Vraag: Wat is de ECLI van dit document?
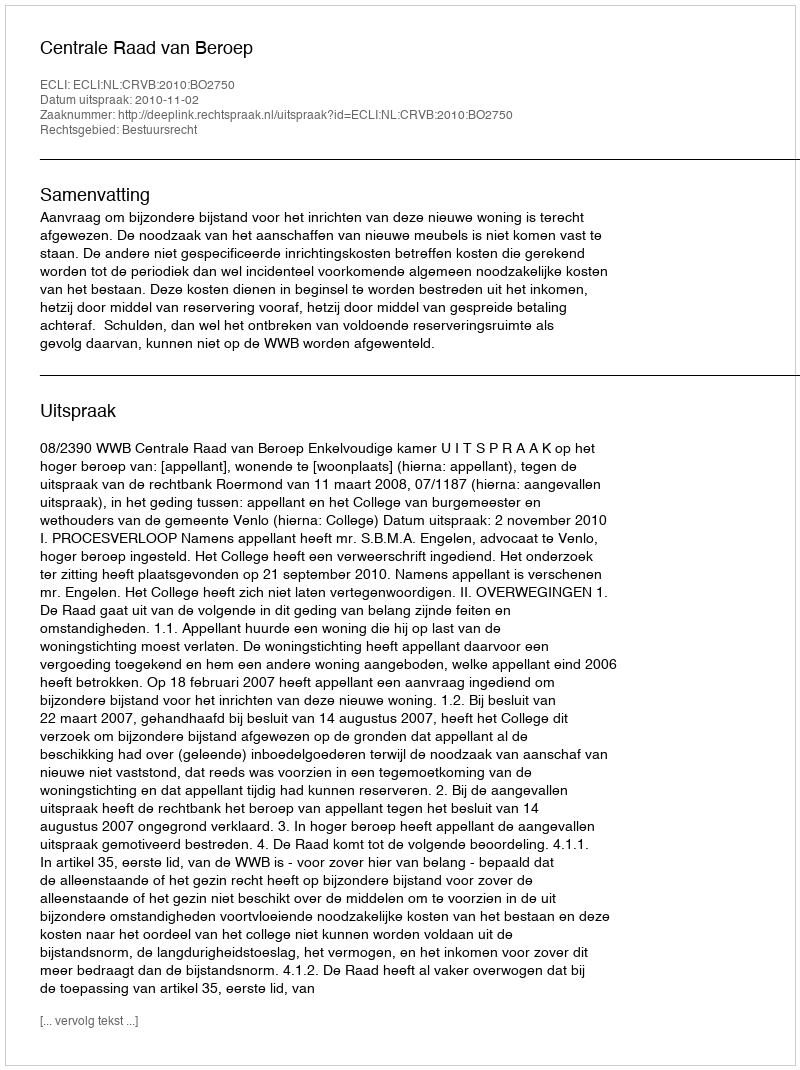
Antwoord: ECLI:NL:CRVB:2010:BO2750